Civil Veterinary Dept. Bombay admin report 1923-31 - 1923-1931
Year: 1923
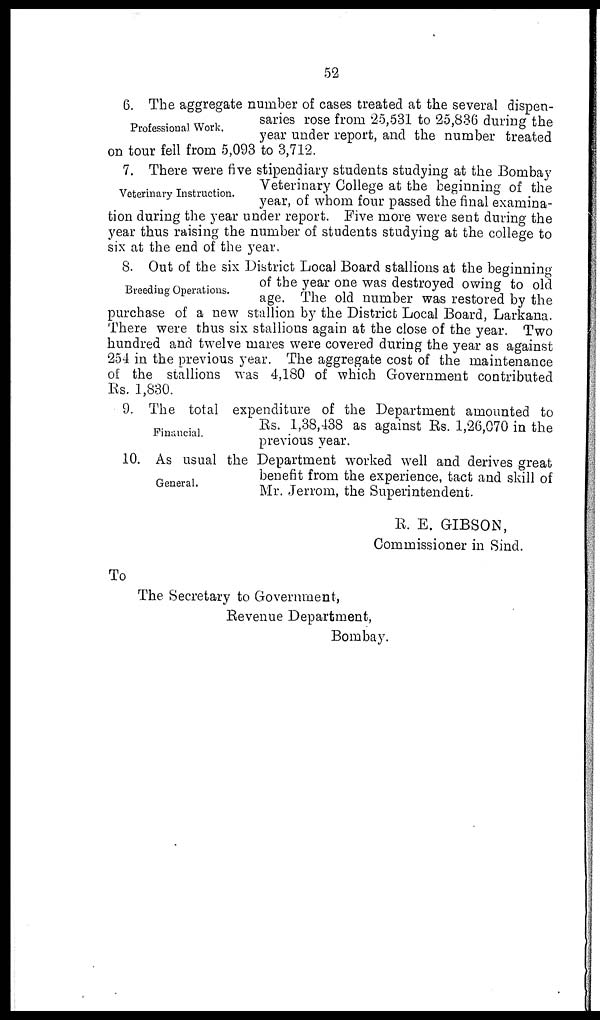
52
Professional Work.
6. The aggregate number of cases treated at the several dispen-
saries rose from 25,531 to 25,836 during the
year under report, and the number treated
on tour fell from 5,093 to 3,712.
Veterinary Instruction.
7. There were five stipendiary students studying at the Bombay
Veterinary College at the beginning of the
year, of whom four passed the final examina-
tion during the year under report. Five more were sent during the
year thus raising the number of students studying at the college to
six at the end of the year.
Breeding Operations.
8. Out of the six District Local Board stallions at the beginning
of the year one was destroyed owing to old
age. The old number was restored by the
purchase of a new stallion by the District Local Board, Larkana.
There were thus six stallions again at the close of the year. Two
hundred and twelve mares were covered during the year as against
254 in the previous year. The aggregate cost of the maintenance
of the stallions was 4,180 of which Government contributed
Rs. 1,830.
Financial.
9. The total expenditure of the Department amounted to
Rs. 1,38,438 as against Rs. 1,26,070 in the
previous year.
General.
10. As usual the Department worked well and derives great
benefit from the experience, tact and skill of
Mr. Jerrom, the Superintendent.
R. E. GIBSON,
Commissioner in Sind.
To
The Secretary to Government,
Revenue Department,
Bombay.